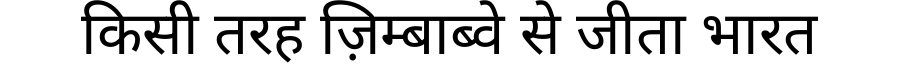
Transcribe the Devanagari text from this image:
किसी तरह ज़िम्बाब्वे से जीता भारत